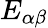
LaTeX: E_{\alpha\beta}